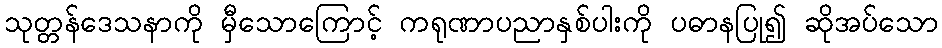
သုတ္တန်ဒေသနာကို မှီသောကြောင့် ကရုဏာပညာနှစ်ပါးကို ပဓာနပြု၍ ဆိုအပ်သော